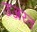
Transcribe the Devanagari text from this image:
उजरत